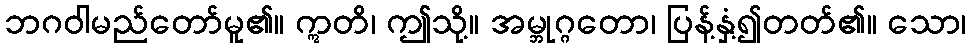
ဘဂဝါမည်တော်မူ၏။ ဣတိ၊ ဤသို့။ အမ္ဘုဂ္ဂတော၊ ပြန့်နှံ့၍တတ်၏။ သော၊